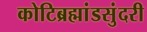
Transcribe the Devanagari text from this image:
कोटिब्रह्मांडसुंदरी